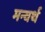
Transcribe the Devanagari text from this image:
मन्वर्थ